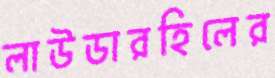
লাউডারহিলের